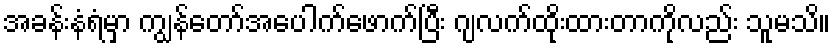
အခန်းနံရံမှာ ကျွန်တော်အပေါက်ဖောက်ပြီး ဂျလက်ထိုးထားတာကိုလည်း သူမသိ။